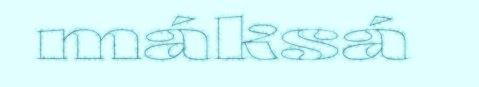
máksá